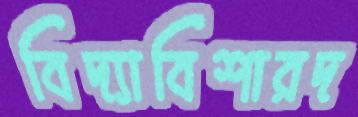
বিদ্যাবিশারদ